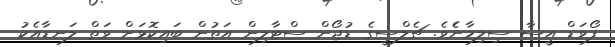
ފޯވަޑް އީސާ ސިލިމާނެެވެ. ޗެލްސީގެ ޑުޖޯން ސްޓާލިން އަތުން ބައިކޮޅަށް ވަތް ލަނޑާއެކު